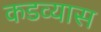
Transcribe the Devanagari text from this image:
कडव्यास